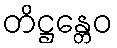
တိဋ္ဌန္တေဝ